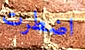
اضطرت